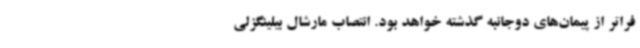
فراتر از پیمان‌های دوجانبه گذشته خواهد بود. انتصاب مارشال بیلینگزلی